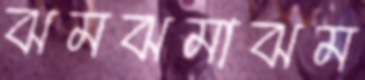
ঝমঝমাঝম